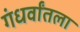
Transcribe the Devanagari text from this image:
गंधर्वांतला